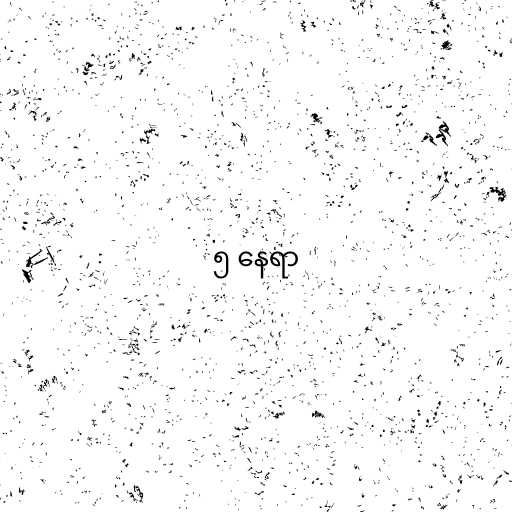
၅ နေရာ